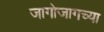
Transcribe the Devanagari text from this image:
जागोजागच्या